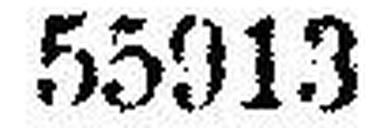
55913